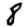
Digit: 8